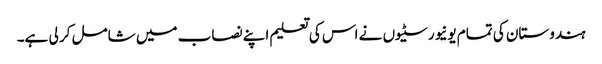
ہندوستان کی تمام یونیورسٹیوں نے اس کی تعلیم اپنے نصاب میں شامل کر لی ہے۔